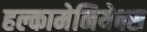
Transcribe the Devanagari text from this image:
हल्कामेनियेक्स